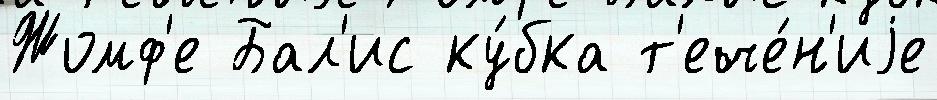
Жомф'е Бал'ис ку́бка т'ече́н'иjе